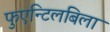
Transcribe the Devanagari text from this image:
फुएन्टिलबिला